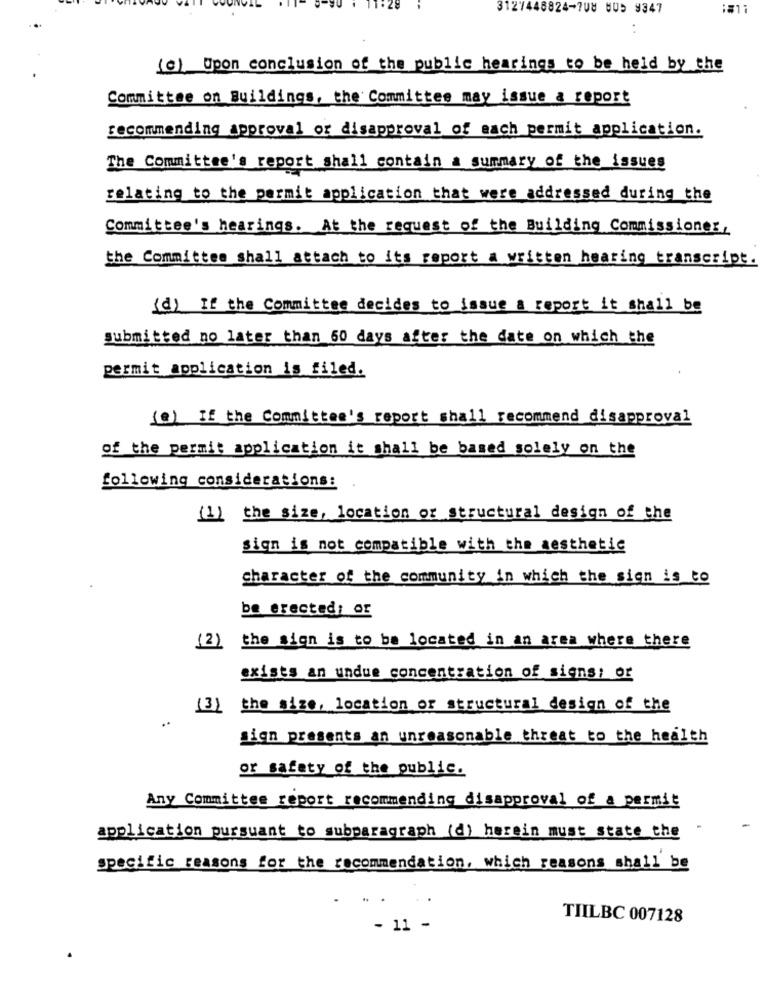
3127448824-708 BUS 9347
..
(e) Upon conclusion of the public hearings to be held by the
Committee on Buildings, the Committee may issue a report
recommending approval or disapproval of each permit application.
The Committee's report shall contain a summary of the issues
relating to the permit application that were addressed during the
Committee's hearings. At the request of the Building Commissioner,
the Committee shall attach to its report a written hearing transcript.
(d) If the Committee decides to issue a report it shall be
submitted no later than 60 days after the date on which the
permit application is filed.
(e) If the Committee's report shall recommend disapproval
of the permit application it shall be based solely on the
following considerations:
(1) the size, location of structural design of the
sign is not compatible with the aesthetic
character of the community in which the sign is to
be erected; Of
the sign is to be located in an area where there
(2)
exists an undue concentration of signs; or
(3)
the size, location or structural design of the
sign presents an unreasonable threat to the health
or safety of the public.
Any Committee report recommending disapproval of a permit
application pursuant to subparagraph (d) herein must state the
specific reasons for the recommendation, which reasons shall be
TIILBC 007128
- 11 -